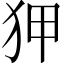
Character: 狎